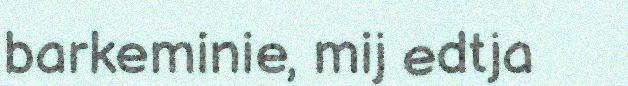
barkeminie, mij edtja